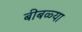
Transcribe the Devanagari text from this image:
बीबळ्या